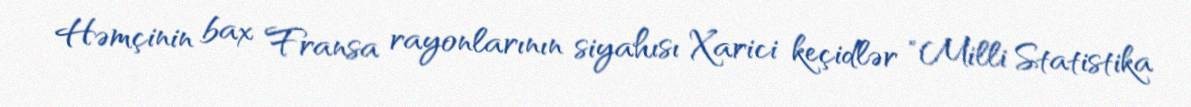
Həmçinin bax Fransa rayonlarının siyahısı Xarici keçidlər "Milli Statistika